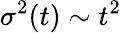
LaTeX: \sigma^{2}(t)\sim t^{2}